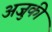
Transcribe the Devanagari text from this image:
अजुकी